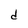
Character: d